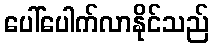
ပေါ်ပေါက်လာနိုင်သည်